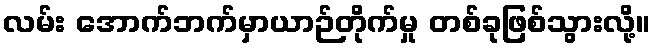
လမ်း အောက်ဘက်မှာယာဉ်တိုက်မှု တစ်ခုဖြစ်သွားလို့။